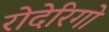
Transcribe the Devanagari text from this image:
रोदेरिगो